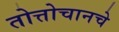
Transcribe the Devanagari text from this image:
तोत्तोचानचे